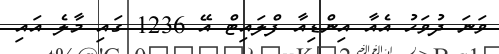
ވަނަ ދުވަހު އެއާ އިންޑިއާ ފްލައިޓް އޭ 1236 ގައި މާލެ އައި